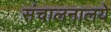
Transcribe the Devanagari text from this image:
संचालनालये